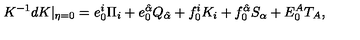
K ^ { - 1 } d K | _ { \eta = 0 } = e _ { 0 } ^ { i } \Pi _ { i } + e _ { 0 } ^ { \hat { \alpha } } Q _ { \hat { \alpha } } + f _ { 0 } ^ { i } K _ { i } + f _ { 0 } ^ { \hat { \alpha } } S _ { \alpha } + E _ { 0 } ^ { A } T _ { A } ,